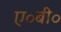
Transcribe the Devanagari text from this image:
ए॰बी॰